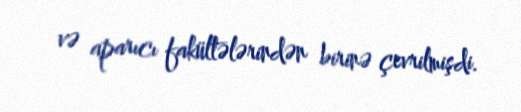
və aparıcı fakültələrindən birinə çevrilmişdi.